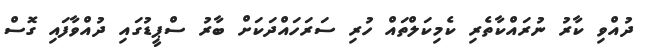
ދުއްވި ކާރު ނުރައްކާތެރި ކެމިކަލްތައް ހުރި ސަރަހައްދަކަށް ބާރު ސްޕީޑުގައި ދުއްވާފައި ގޮސް